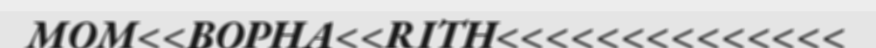
MOM<<BOPHA<<RITH<<<<<<<<<<<<<<